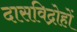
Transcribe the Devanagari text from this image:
दासविद्रोहों